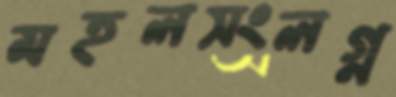
মহলসংলগ্ন